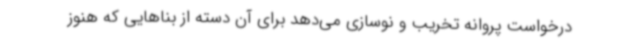
درخواست پروانه تخریب و نوسازی می‌دهد برای آن دسته از بناهایی که هنوز